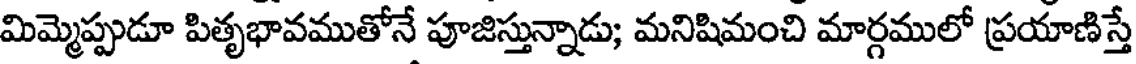
మిమ్మెప్పుడూ పితృభావముతోనే పూజిస్తున్నాడు; మనిషిమంచి మార్గములో ప్రయాణిస్తే